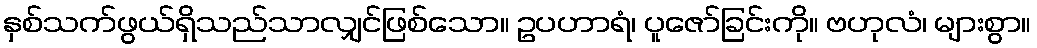
နှစ်သက်ဖွယ်ရှိသည်သာလျှင်ဖြစ်သော။ ဥပဟာရံ၊ ပူဇော်ခြင်းကို။ ဗဟုလံ၊ များစွာ။